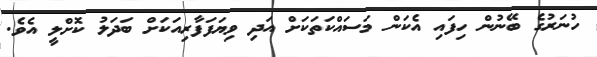
ހުނަރުގެ ބޭނުން ހިފައި އެކަން މަސައްކަތަކަށް އަދި ވިޔަފަފާރިއަކަށް ބަދަލު ކޮށްލީ އެވެ.